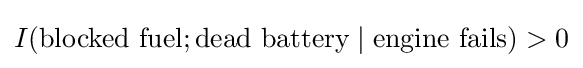
I({\text{blocked fuel}};{\text{dead battery}}\mid {\text{engine fails}})>0